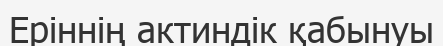
Еріннің актиндік қабынуы